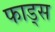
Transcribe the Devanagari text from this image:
फाड्स